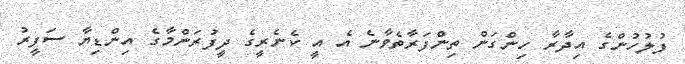
ފުލުހުންގެ އިދާރާ ހިންގަން ތިންފަރާތެވާނެ އެ އީ ކެނެރީގެ ދީފުރަންމާގެ އިންޑިޔާ ސަފީރު